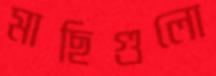
মাছিগুলো